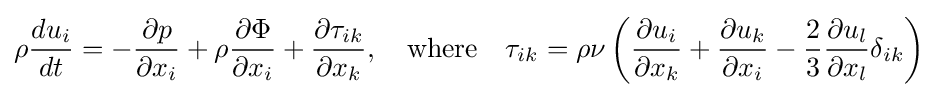
\rho {\frac {du_{i}}{dt}}=-{\frac {\partial p}{\partial x_{i}}}+\rho {\frac {\partial \Phi }{\partial x_{i}}}+{\frac {\partial \tau _{ik}}{\partial x_{k}}},\quad {\text{where}}\quad \tau _{ik}=\rho \nu \left({\frac {\partial u_{i}}{\partial x_{k}}}+{\frac {\partial u_{k}}{\partial x_{i}}}-{\frac {2}{3}}{\frac {\partial u_{l}}{\partial x_{l}}}\delta _{ik}\right)